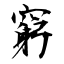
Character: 窮